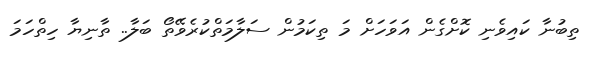
ތިބުނާ ކައިވެނި ކޮށްގެން އަވަހަށް މަ ތިކަމުން ސަލާމަތްކުރެވޭތޯ ބަލާ.. ތާނިޔާ ހިތްހަމަ